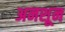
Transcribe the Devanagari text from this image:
अनशून